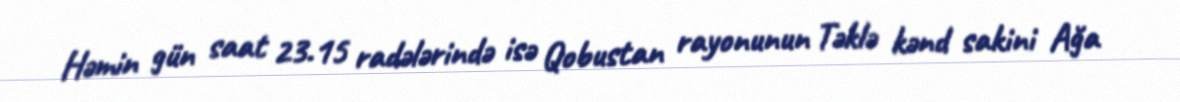
Həmin gün saat 23.15 radələrində isə Qobustan rayonunun Təklə kənd sakini Ağa